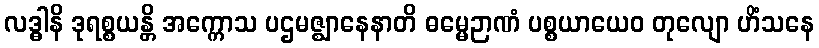
လဒ္ဓါနိ ဒုရစ္စယန္တိ အက္ကောသ ပဌမဇ္ဈာနေနာတိ ဓမ္မေဉာဏံ ပစ္စယာယေဝ တုလျော ဟိံသနေ